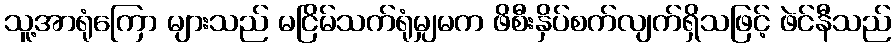
သူ့အာရုံကြော များသည် မငြိမ်သက်ရုံမျှမက ဖိစီးနှိပ်စက်လျက်ရှိသဖြင့် ဖဲင်နီသည်